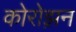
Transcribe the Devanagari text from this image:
कोरोझ़न